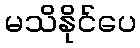
မသိနိုင်ပေ